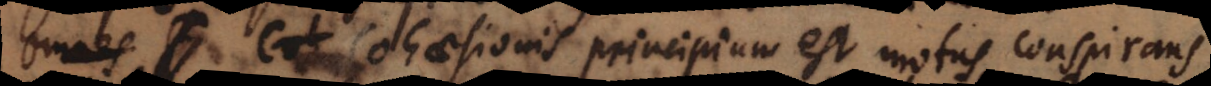
Cohaesionis principium est motus conspirans,